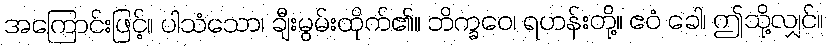
အကြောင်းဖြင့်။ ပါသံသော၊ ချီးမွမ်းထိုက်၏။ ဘိက္ခဝေ၊ ရဟန်းတို့။ ဧဝံ ခေါ၊ ဤသို့လျှင်။